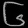
Digit: ၆